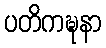
ပတိကဍ္ဎနာ